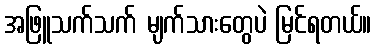
အဖြူသက်သက် မျက်သားတွေပဲ မြင်ရတယ်။